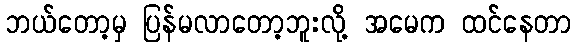
ဘယ်တော့မှ ပြန်မလာတော့ဘူးလို့ အမေက ထင်နေတာ